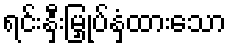
ရင်းနှီးမြှုပ်နှံထားသော